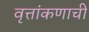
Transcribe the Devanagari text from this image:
वृत्तांकणाची